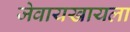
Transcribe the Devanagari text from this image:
जेवायखायला